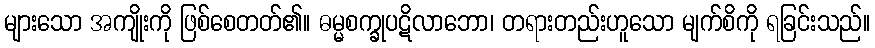
များသော အကျိုးကို ဖြစ်စေတတ်၏။ ဓမ္မစက္ခုပဋိလာဘော၊ တရားတည်းဟူသော မျက်စိကို ရခြင်းသည်။